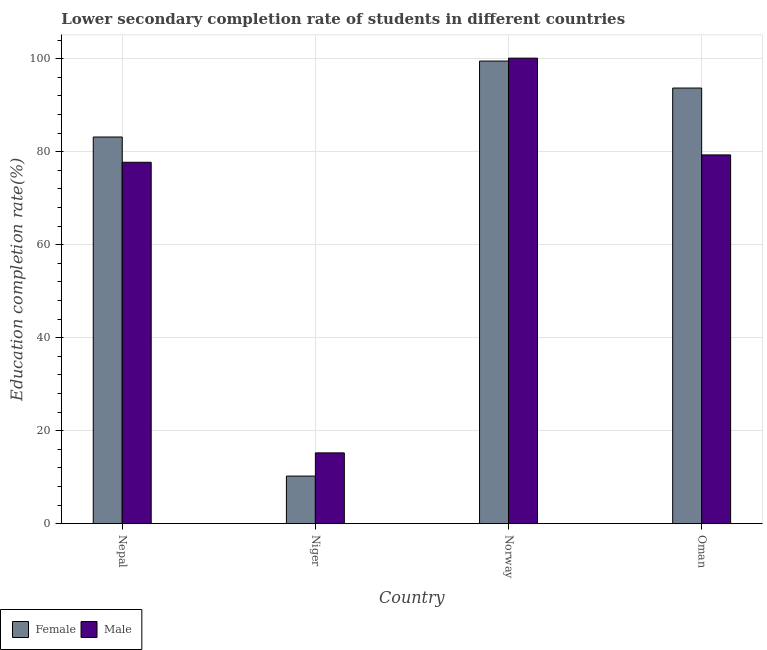
| Country | Female | Male |
 | --- | --- | --- |
 | Nepal | 83.2 | 77.7 |
 | Niger | 10.2 | 15.2 |
 | Norway | 99.5 | 100 |
 | Oman | 93.7 | 79.3 |